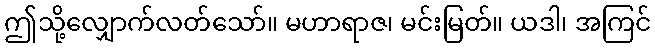
ဤသို့လျှောက်လတ်သော်။ မဟာရာဇ၊ မင်းမြတ်။ ယဒါ၊ အကြင်